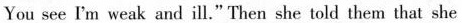
You see I'm weak and ill." Then she told them that she